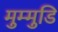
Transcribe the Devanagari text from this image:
मुम्मुडि